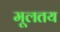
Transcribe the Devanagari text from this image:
मूलतय